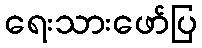
ရေးသားဖော်ပြ